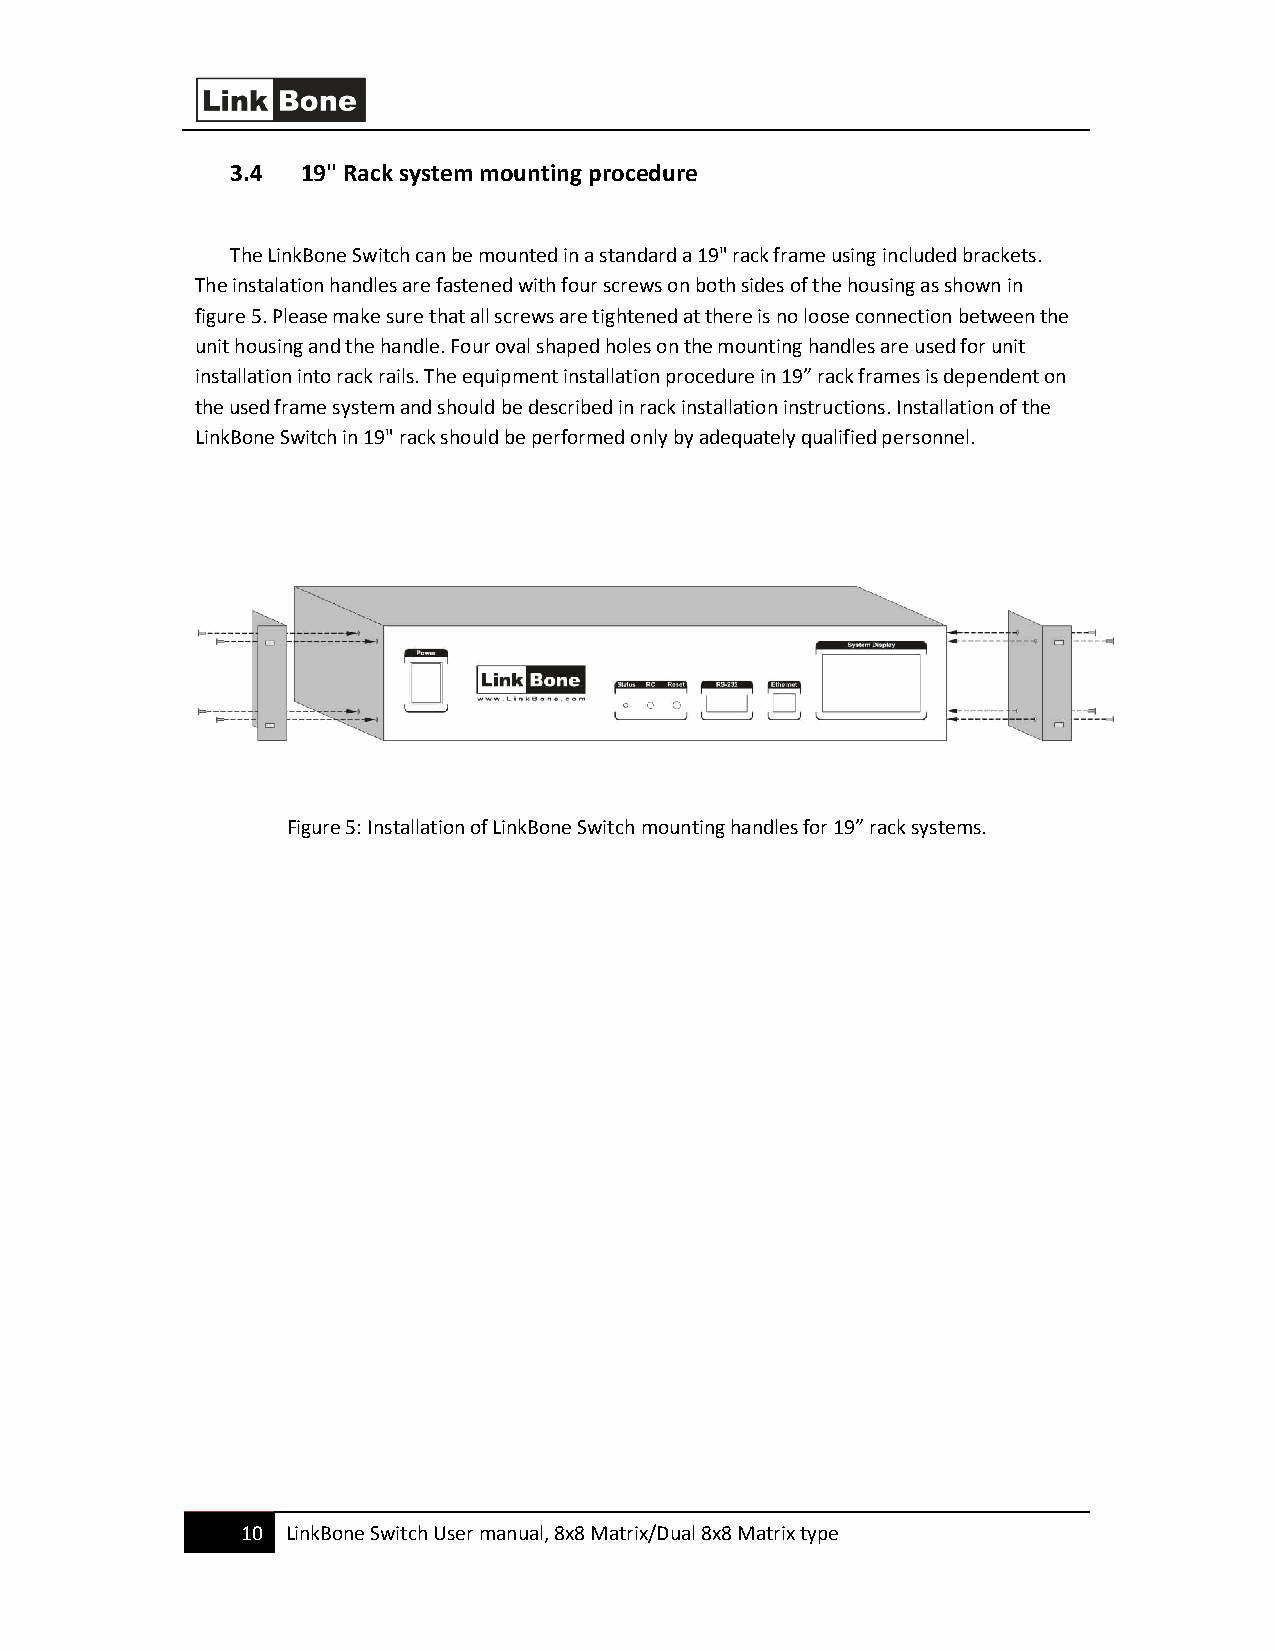
3.4  19'' Rack system mounting procedure
 The LinkBone Switch can be mounted in a standard a 19" rack frame using included brackets.
 The instalation handles are fastened with four screws on both sides of the housing as shown in
 figure 5. Please make sure that all screws are tightened at there is no loose connection between the
 unit housing and the handle. Four oval shaped holes on the mounting handles are used for unit
 installation into rack rails. The equipment installation procedure in 19” rack frames is dependent on
 the used frame system and should be described in rack installation instructions. Installation of the
 LinkBone Switch in 19" rack should be performed only by adequately qualified personnel.
 Figure 5: Installation of LinkBone Switch mounting handles for 19” rack systems.
 10 LinkBone Switch User manual, 8x8 Matrix/Dual 8x8 Matrix type